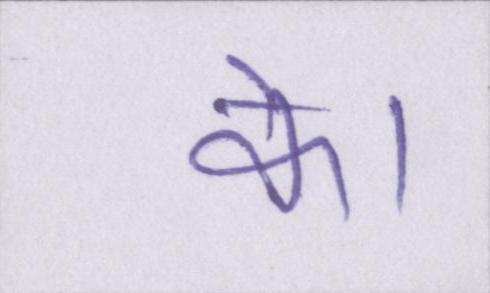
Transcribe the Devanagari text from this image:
के।